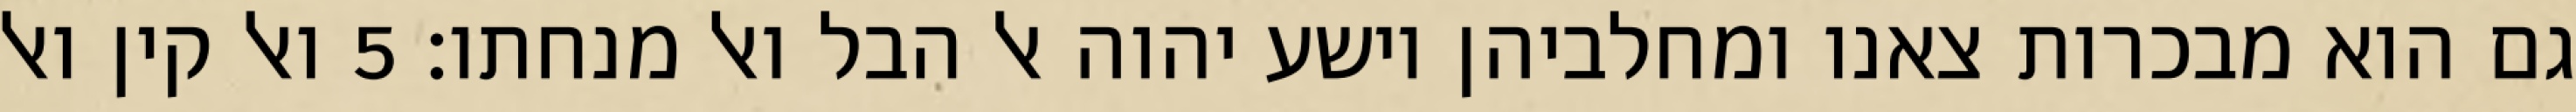
גם הוא מבכרות צאנו ומחלביהן וישע יהוה אל הבל ואל מנחתו׃ ‎5‏ ואל קין ואל